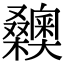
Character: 𣡉